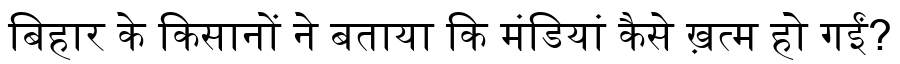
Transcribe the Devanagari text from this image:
बिहार के किसानों ने बताया कि मंडियां कैसे ख़त्म हो गईं?